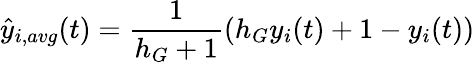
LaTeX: \hat{y}_{i,avg}(t)=\frac{1}{h_{G}+1}(h_{G}y_{i}(t)+1-y_{i}(t))